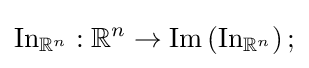
\operatorname {In} _{\mathbb {R} ^{n}}:\mathbb {R} ^{n}\to \operatorname {Im} \left(\operatorname {In} _{\mathbb {R} ^{n}}\right);